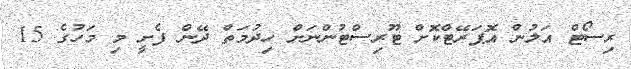
ރިސޯޓް އަލުން އޮޕަރޭޓްކޮށް ޓޫރިސްޓުންނަށް ހިދުމަތް ދޭން ފެށީ މި މަހުގެ 15